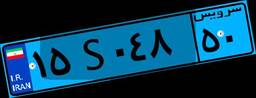
۱۵S۰۴۸۵۰